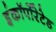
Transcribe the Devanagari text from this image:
इंकॉर्पोरेटेड